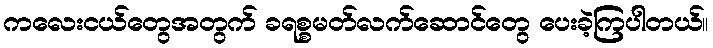
ကလေးငယ်တွေအတွက် ခရစ္စမတ်လက်ဆောင်တွေ ပေးခဲ့ကြပါတယ်။